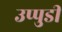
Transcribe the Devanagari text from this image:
उप्पुडी